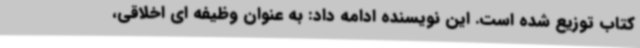
کتاب توزیع شده است. این نویسنده ادامه داد: به عنوان وظیفه ای اخلاقی،